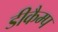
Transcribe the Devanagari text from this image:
डीकैम्प